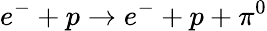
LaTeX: e^{-}+p\rightarrow e^{-}+p+\pi^{0}